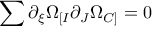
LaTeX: \sum { \partial _ { \xi } \Omega _ { [ I } \partial _ { J } \Omega _ { C ] } } = 0